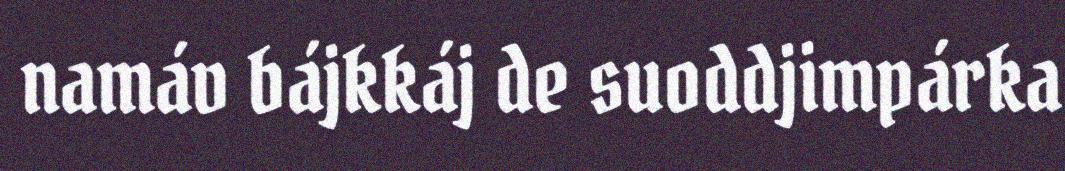
namáv bájkkáj de suoddjimpárka